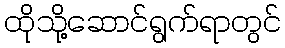
ထိုသို့ဆောင်ရွက်ရာတွင်